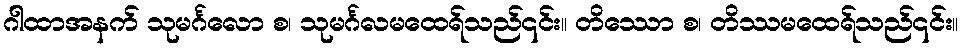
ဂါထာအနက် သုမင်္ဂလော စ၊ သုမင်္ဂလမထေရ်သည်၎င်း။ တိဿော စ၊ တိဿမထေရ်သည်၎င်း။